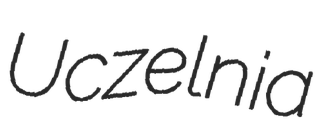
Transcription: Uczelnia